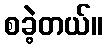
စခဲ့တယ်။